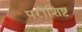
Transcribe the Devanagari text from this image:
परीशिष्ट